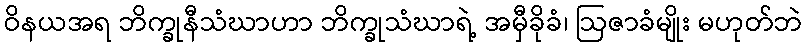
ဝိနယအရ ဘိက္ခုနီသံဃာဟာ ဘိက္ခုသံဃာရဲ့ အမှီခိုခံ၊ ဩဇာခံမျိုး မဟုတ်ဘဲ